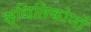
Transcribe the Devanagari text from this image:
स्थितिकोणों